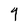
Character: 9